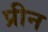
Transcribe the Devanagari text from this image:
प्रीन